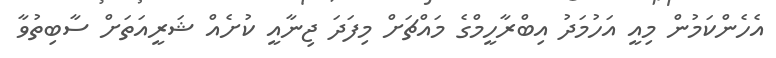
އެހެންކަމުން މިއީ އަހުމަދު އިބްރާހީމްގެ މައްޗަށް މިފަދަ ޖިނާއީ ކުށެއް ޝަރީއަތަށް ސާބިތުވާ